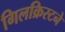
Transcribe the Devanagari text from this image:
गिलक्रिस्टने